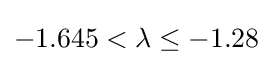
-1.645<\lambda \leq -1.28